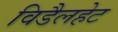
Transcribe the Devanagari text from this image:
विडैलहेट